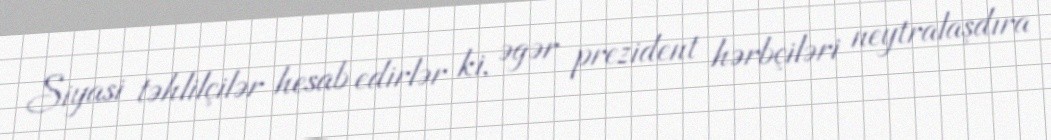
Siyasi təhlilçilər hesab edirlər ki, əgər prezident hərbçiləri neytralaşdıra